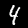
Label: 4